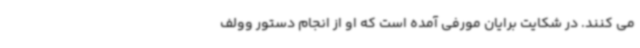
می کنند. در شکایت برایان مورفی آمده است که او از انجام دستور وولف